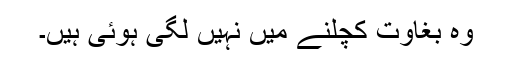
وہ بغاوت کچلنے میں نہیں لگی ہوئی ہیں۔